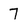
Character: 7